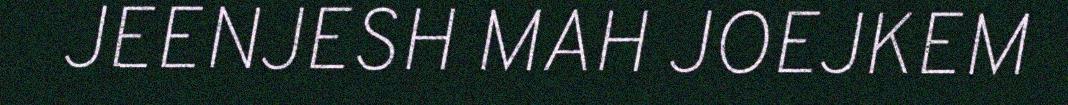
JEENJESH MAH JOEJKEM